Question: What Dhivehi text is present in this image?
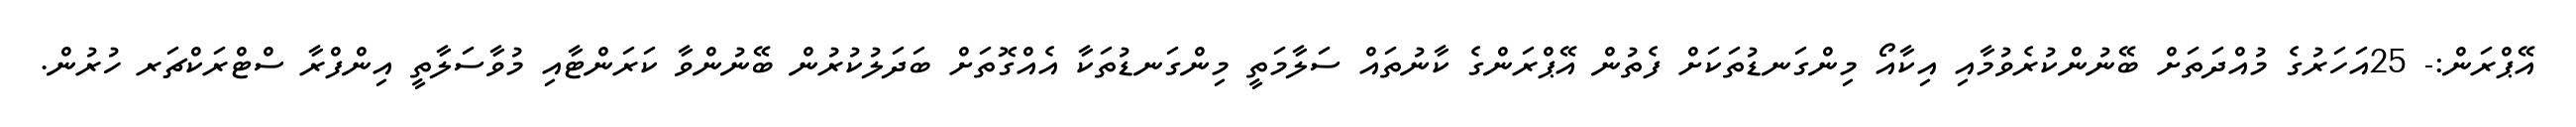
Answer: އޭޕްރަން:- 25އަހަރުގެ މުއްދަތަށް ބޭނުންކުރެވުމާއި އިކާއޯ މިންގަނޑުތަކަށް ފެތުން އޭޕްރަންގެ ކާނުތައް ސަލާމަތީ މިންގަނޑުތަކާ އެއްގޮތަށް ބަދަލުކުރުން ބޭނުންވާ ކަރަންޓާއި މުވާސަލާތީ އިންފްރާ ސްޓްރަކްޗަރ ހުރުން.